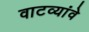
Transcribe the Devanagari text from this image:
वाटव्यांवे